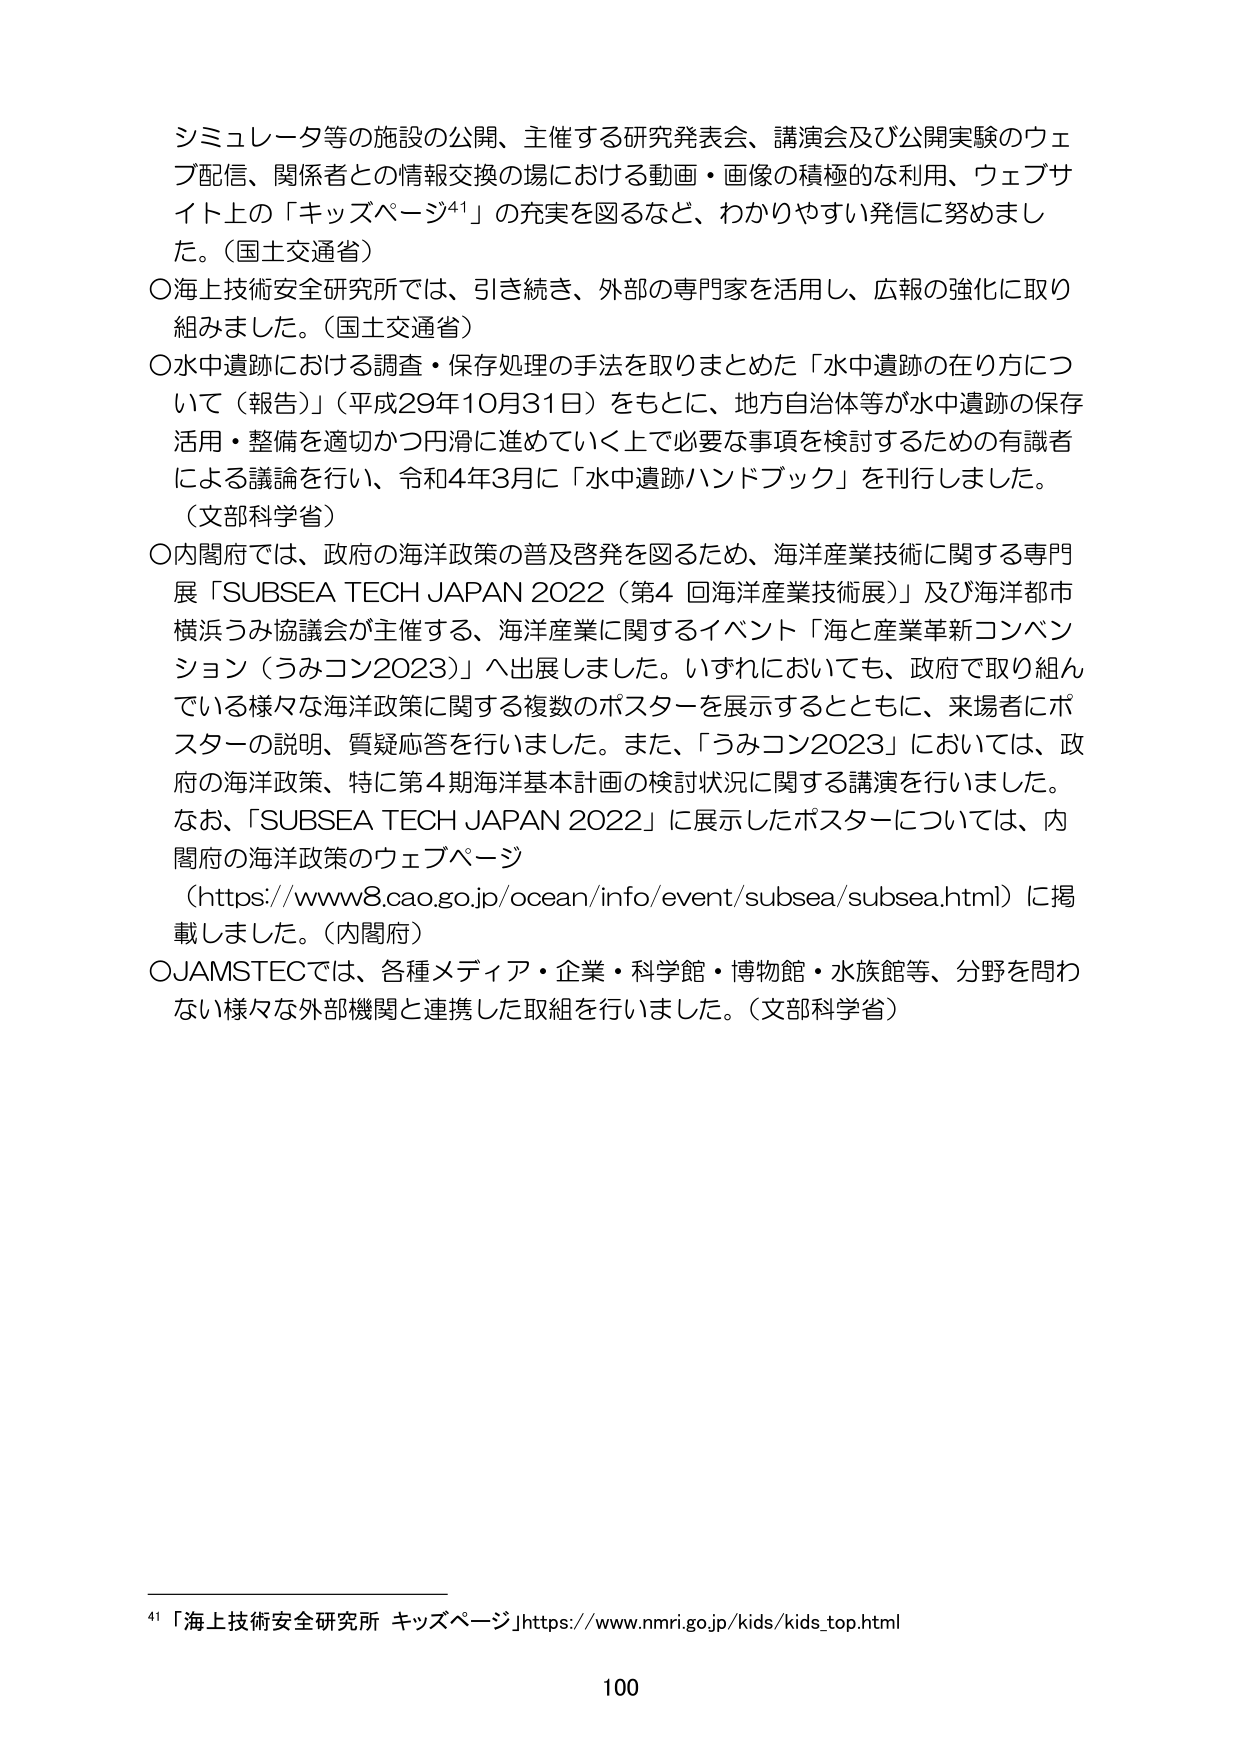
シミュレータ等の施設の公開、主催する研究発表会、講演会及び公開実験のウェブ配信、関係者との情報交換の場における動画・画像の積極的な利用、ウェブサイト上の「キッズページ⁴¹」の充実を図るなど、わかりやすい発信に努めました。（国土交通省）

〇海上技術安全研究所では、引き続き、外部の専門家を活用し、広報の強化に取り組みました。（国土交通省）

〇水中遺跡における調査・保存処理の手法を取りまとめた「水中遺跡の在り方について（報告）」（平成29年10月31日）をもとに、地方自治体等が水中遺跡の保存活用・整備を適切かつ円滑に進めていく上で必要な事項を検討するための有識者による議論を行い、令和4年3月に「水中遺跡ハンドブック」を刊行しました。（文部科学省）

〇内閣府では、政府の海洋政策の普及啓発を図るため、海洋産業技術に関する専門展「SUBSEA TECH JAPAN 2022（第4回海洋産業技術展）」及び海洋都市横浜うみ協議会が主催する、海洋産業に関するイベント「海と産業革新コンベンション（うみコン2023）」へ出展しました。いずれにおいても、政府で取り組んでいる様々な海洋政策に関する複数のポスターを展示するとともに、来場者にポスターの説明、質疑応答を行いました。また、「うみコン2023」においては、政府の海洋政策、特に第4期海洋基本計画の検討状況に関する講演を行いました。なお、「SUBSEA TECH JAPAN 2022」に展示したポスターについては、内閣府の海洋政策のウェブページ（https://www8.cao.go.jp/ocean/info/event/subsea/subsea.html）に掲載しました。（内閣府）

〇JAMSTECでは、各種メディア・企業・科学館・博物館・水族館等、分野を問わない様々な外部機関と連携した取組を行いました。（文部科学省）

⁴¹「海上技術安全研究所 キッズページ」https://www.nmri.go.jp/kids/kids_top.html

100